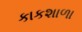
કાકશાળા